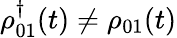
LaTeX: \rho_{01}^{\dagger}(t)\neq\rho_{01}(t)